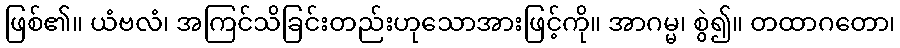
ဖြစ်၏။ ယံဗလံ၊ အကြင်သိခြင်းတည်းဟုသောအားဖြင့်ကို။ အာဂမ္မ၊ စွဲ၍။ တထာဂတော၊